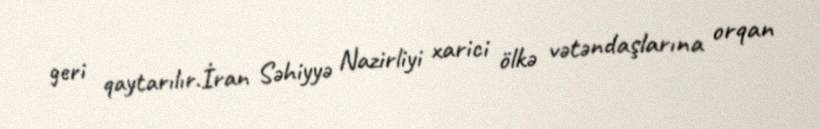
geri qaytarılır.İran Səhiyyə Nazirliyi xarici ölkə vətəndaşlarına orqan